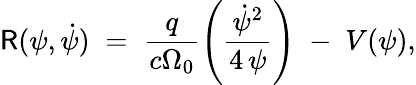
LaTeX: {\sf R}(\psi,\dot{\psi})\; =\; \frac{q}{c\Omega_{0}}\left(\frac{\dot{\psi}^{2}}{4\, \psi}\right)\; -\; V(\psi),